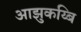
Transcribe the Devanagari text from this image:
आझुकय्बि